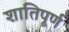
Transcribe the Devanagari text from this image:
शातिपूर्ण